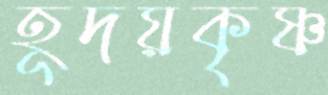
হূদয়কৃষ্ণ